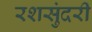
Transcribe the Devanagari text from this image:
रशसुंदरी